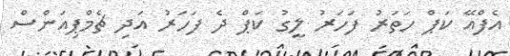
އެފްއޭ ކަޕް ހަތަރު ފަހަރު ލީގު ކަޕް ދެ ފަހަރު އަދި ޗެމްޕިއަންސް